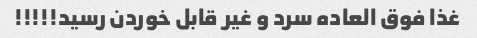
غذا فوق العاده سرد و غیر قابل خوردن رسید!!!!!